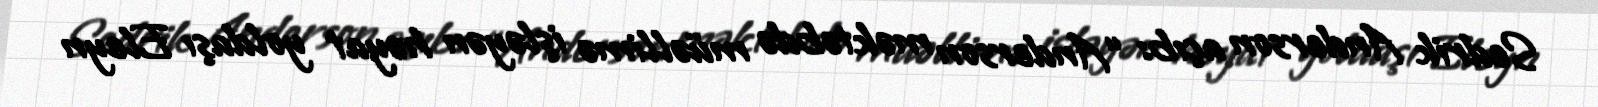
Sedrik Anderson açıb: “Anderson məktəbdə müəllimə işləyən həyat yoldaşı Eleyn